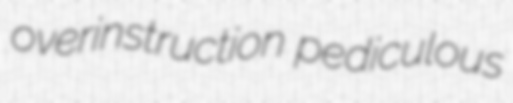
overinstruction pediculous